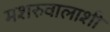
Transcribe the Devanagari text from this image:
मशरुवालाशी